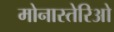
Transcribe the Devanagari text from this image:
मोनास्तेरिओ